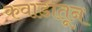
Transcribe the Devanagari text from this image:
कवाडातून